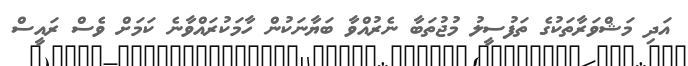
އަދި މަޝްވަރާތަކުގެ ތަފުސީލު މުޖުތަބާ ނެރުއްވާ ބަޔާނަކުން ހާމަކުރައްވާނެ ކަމަށް ވެސް ރައީސް